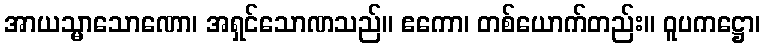
အာယသ္မာသောဏော၊ အရှင်သောဏသည်။ ဧကော၊ တစ်ယောက်တည်း။ ဝူပကဋ္ဌော၊